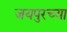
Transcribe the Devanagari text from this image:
जयपुरच्या